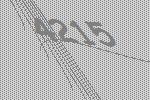
4215